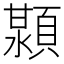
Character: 𬱊